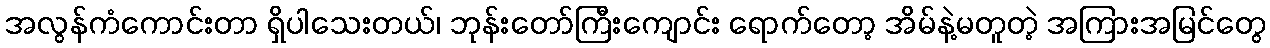
အလွန်ကံကောင်းတာ ရှိပါသေးတယ်၊ ဘုန်းတော်ကြီးကျောင်း ရောက်တော့ အိမ်နဲ့မတူတဲ့ အကြားအမြင်တွေ